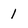
Character: 1